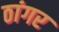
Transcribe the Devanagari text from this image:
ठांगर